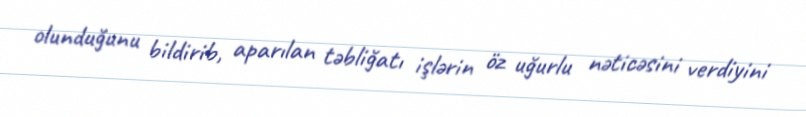
olunduğunu bildirib, aparılan təbliğatı işlərin öz uğurlu nəticəsini verdiyini